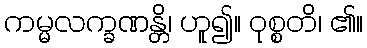
ကမ္မလက္ခဏန္တိ၊ ဟူ၍။ ဝုစ္စတိ၊ ၏။